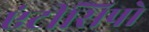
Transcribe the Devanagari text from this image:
एंटीसिपो